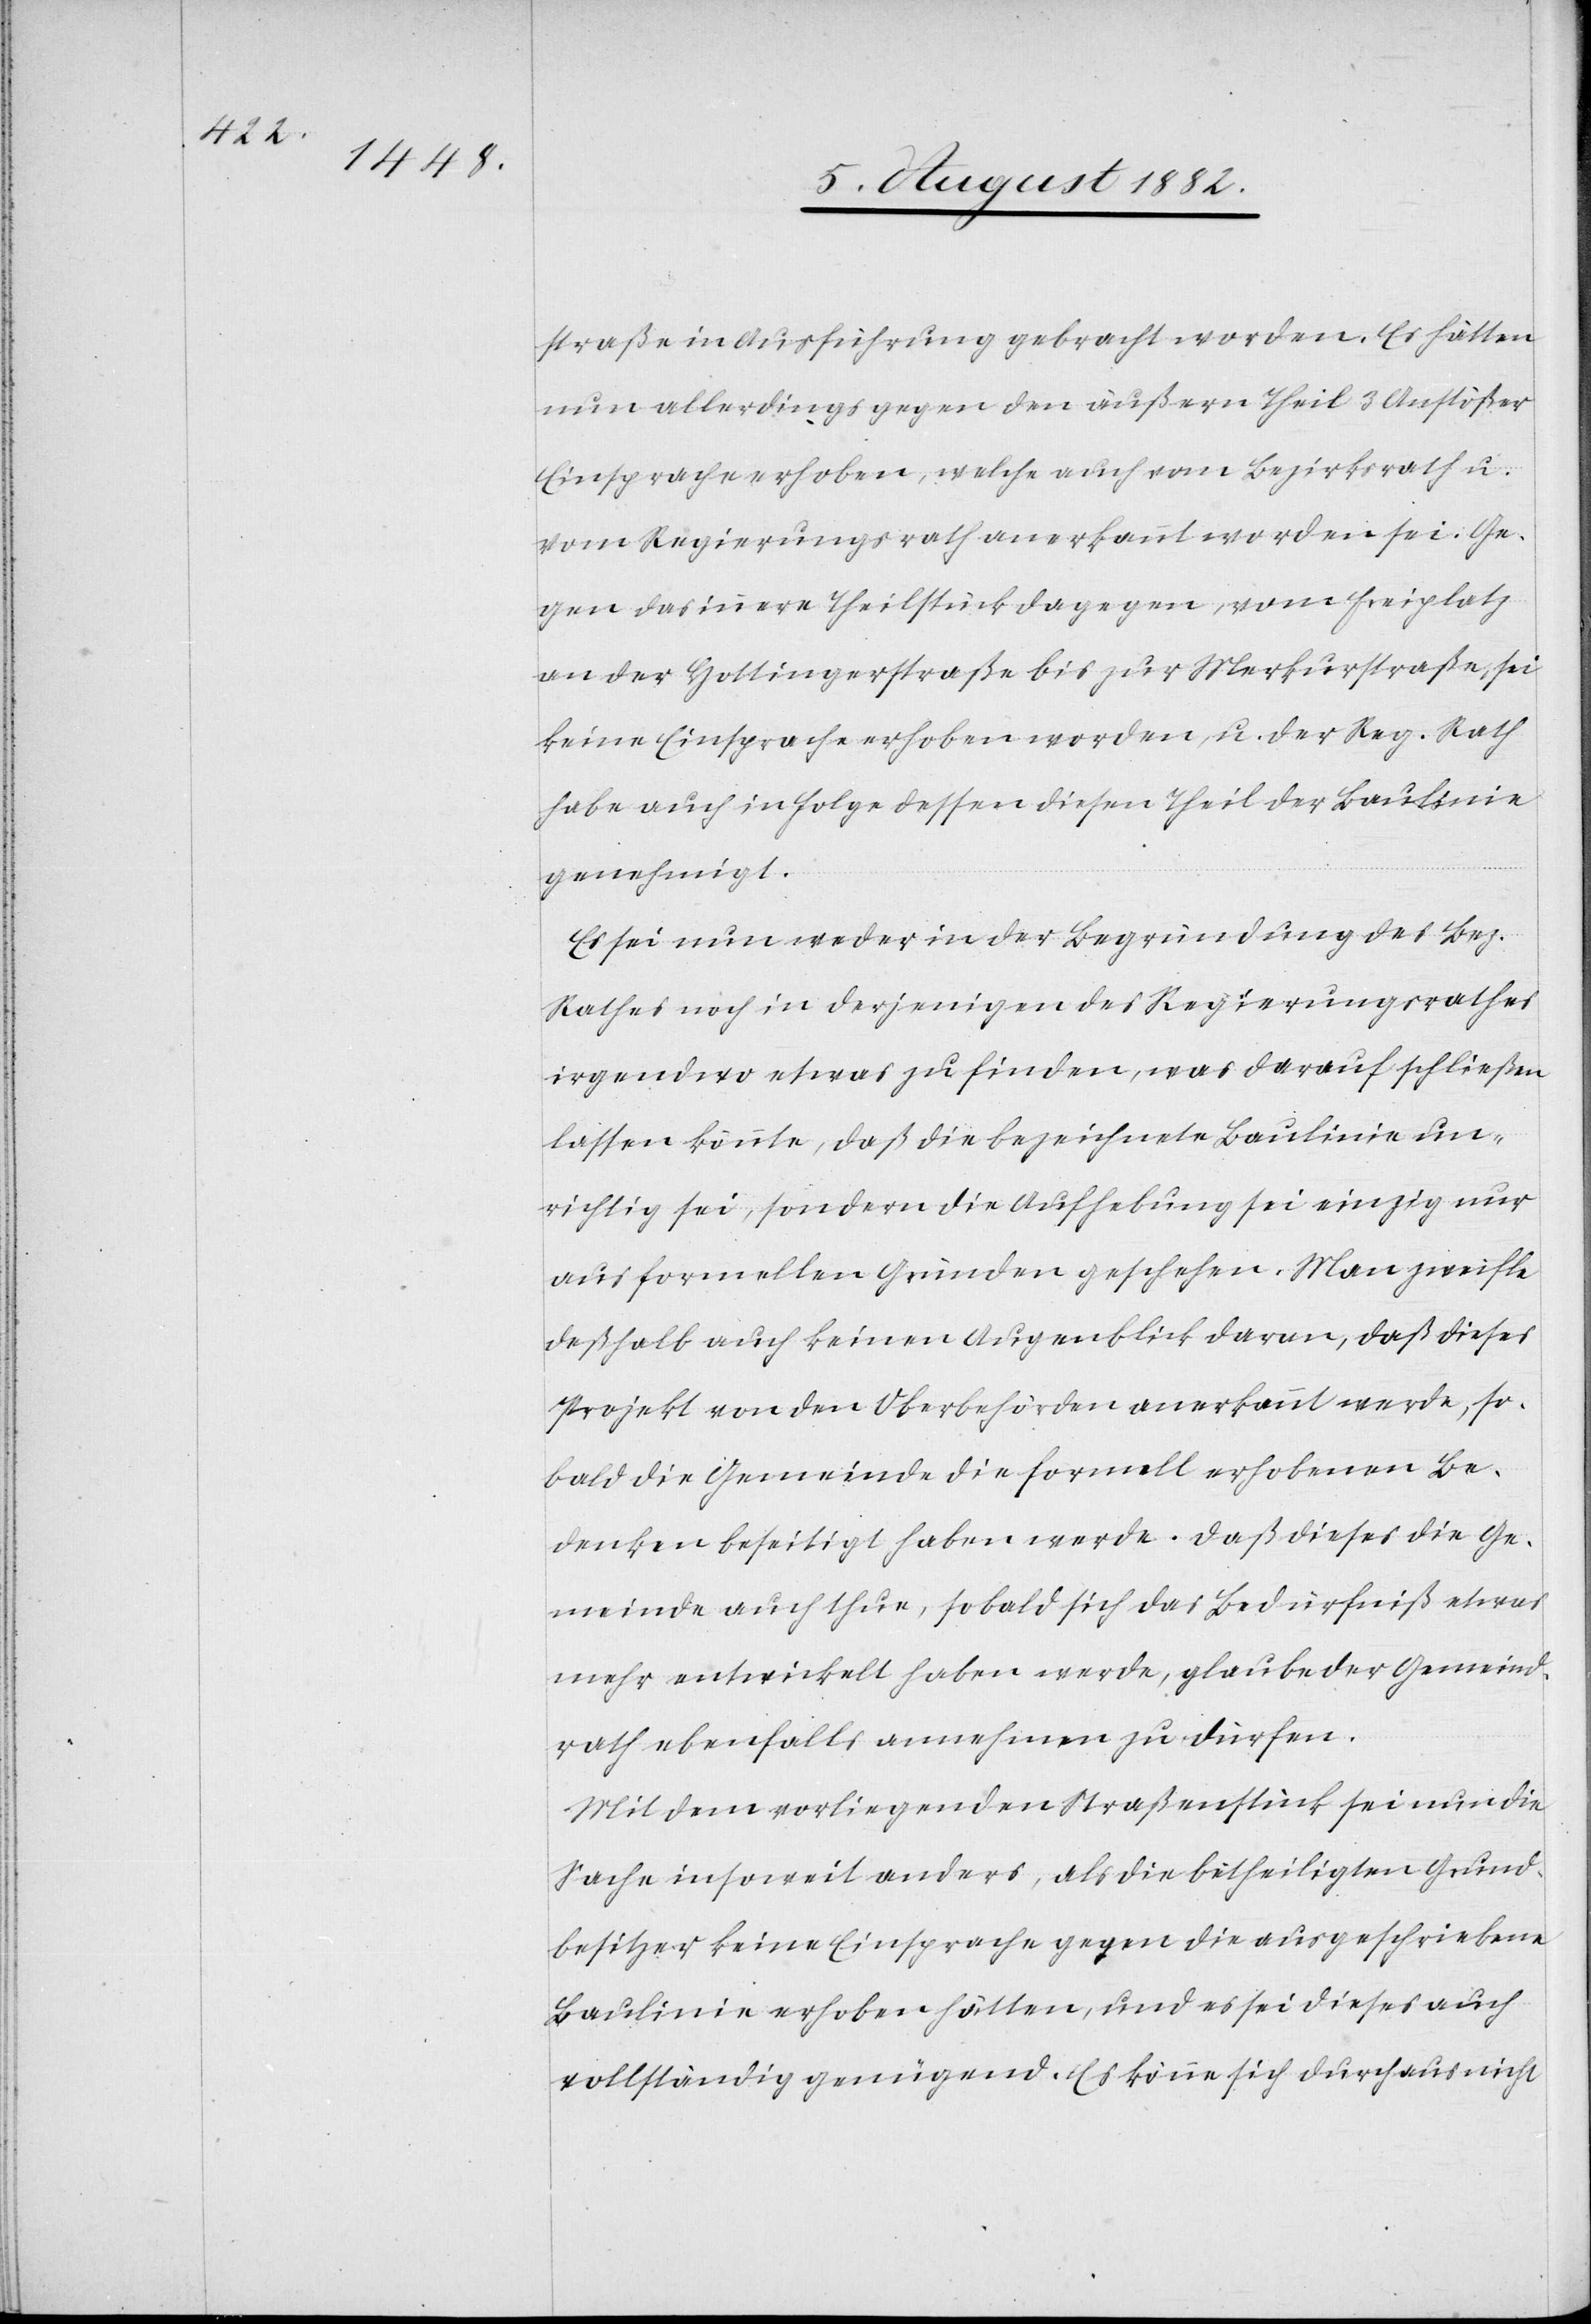
straße in Ausführung gebracht worden. Es hätten
nun allerdings gegen den äußern Theil 3 Anstößer
Einsprache erhoben, welche auch vom Bezirksrath u.
vom Regierungsrath anerkannt worden sei. Ge¬
gen das innere Theilstück dagegen, vom Freiplatz
an der Hottingerstraße bis zur Merkurstraße, sei
keine Einsprache erhoben worden, u. der Reg. Rath
habe auch in Folge dessen diesen Theil der Baulinie
genehmigt.
Es sei nun weder in der Begründung des Bez.
Rathes noch in derjenigen des Regierungsrathes
irgendwo etwas zu finden, was darauf schließen
lassen könnte, daß die bezeichnete Baulinie un¬
richtig sei, sondern die Aufhebung sei einzig nur
aus formellen Gründen geschehen. Man zweifle
deßhalb auch keinen Augenblick daran, daß dieses
Projekt von der Oberbehörde anerkannt werde, so¬
bald die Gemeinde die formell erhobenen Be¬
denken beseitigt haben werde. Daß dieses die Ge¬
meinde auch thue, sobald sich das Bedürfniß etwas
mehr entwickelt haben werden, glaubt der Gemeind¬
rath ebenfalls annehmen zu dürfen.
Mit dem vorliegenden Straßenstück sei nun die
Sache insoweit anders, als die betheiligten Grund¬
besitzer keine Einsprache gegen die ausgeschiedene
Baulinie erhoben hätten, und es sei dieses auch
vollständig genügend. Es könne sich durchaus nicht